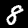
Label: 8